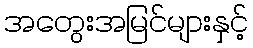
အတွေးအမြင်များနှင့်